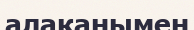
алақанымен